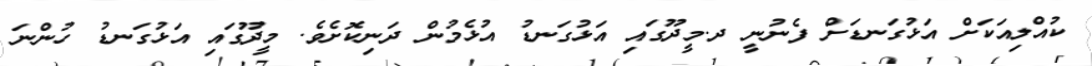
ކުއްލިއަކަށް އަޅުގަނޑަށް ފެނުނީ ދ.މީދޫގައި އަޅުގަނޑު އުޅެމުން ދަނިކޮށެވެ. މީދޫގައި އަޅުގަނޑު ހުންނަ